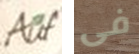
Auf فى